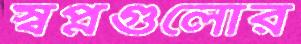
স্বপ্নগুলোর